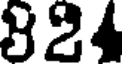
324